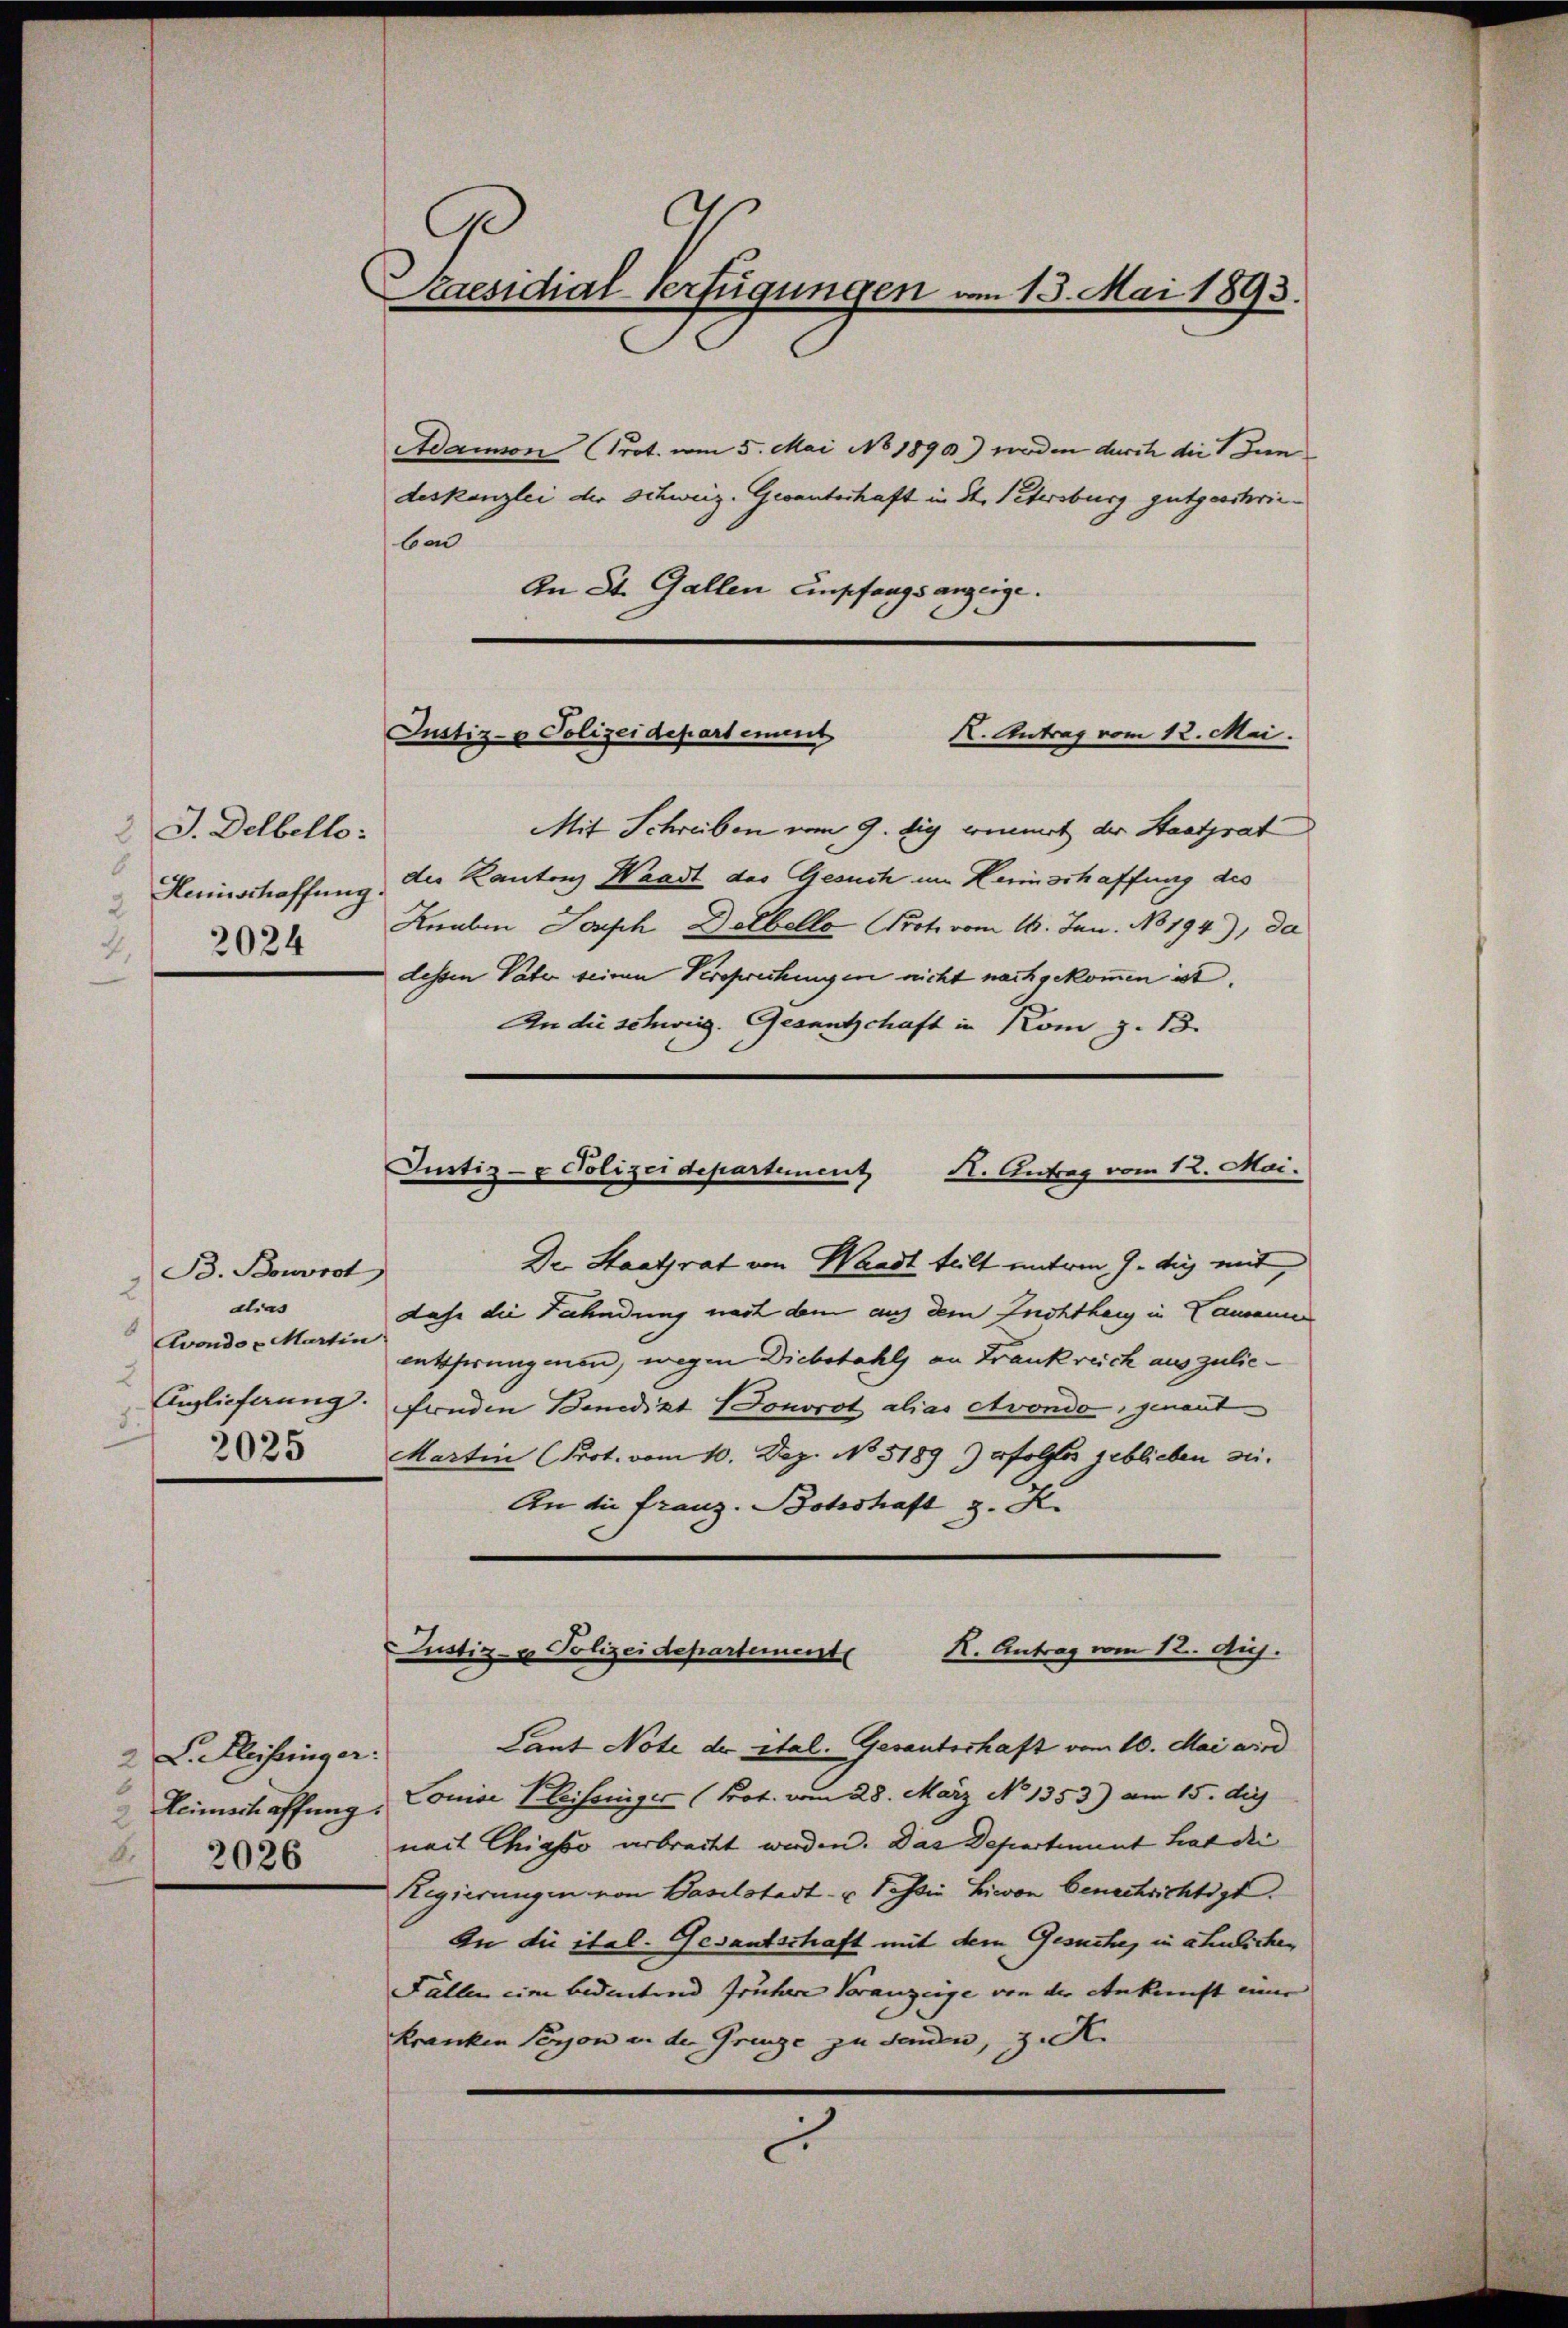
2 J. Delbello.
6
Heinschaffung.
2
2024
4,

2 L. Fleistinger
6
Heimschaffung
2
E
2026

Kaesidial-Verfügungen am 13. Mai 1893.

B. Bowrot
2
alias
.
Avondo u Martin
2
Anglieferung.
d
2025

Adamon (Prot. vom 5. Mai No 1890.) werden durch die Bun
deskanzlei der Schweiz. Gesanterhaft in St. Petersburg gutgeschrieben
An St. Gallen Empfangsanzeige.

Justiz- & Polizeidepartement
K. Antrag vom 12. Mai.

Mit Schreiben vom 9. die commet der Staatsrat
der Kantons Waadt das Gesuch im Heimschaffung des
Knaben Joseph Dolbello Prot. vom 16. Jun. No 194), da
dessen Vater seinen Versprechungen nicht nachgekommen ist.
An die schweiz. Gesantschaft in Kom z. 13.
Dr. Staatsrat von Waadt teilt unterm 9. di mit
dehe die Fahndung nach dem auf dem Inchthaug in Camanner
entsprungenen, wegen Diebstahls an Frankreich auszuliefrnden Benedikt (Sonvrot alias Avondo, genant
Martin (Prot. vom 10. Dez. No 5189) folges geblieben sei¬
An die franz. Botschaft z. K.
K. Antrag vom 12. Aug.
Justiz- u Polizeidepartement
Lant Note der ital. Gesantschaft vom 10. Mai wird
Louise Klaisonigić (Prot. vom 28. März No 1353.) am 15. di
1
nait Chiasso erbracht werden. Das Departement hat die
Regierungen von Baselstadt- u Passin Livon Genachrichtigt.
In die ital. Gesantschaft mit dem Gesuche, in ähnlichen
Faller eine bedeutend frühere Veranzeige von der Ankunft einer
Kranken Person in der Grenze zu senden, z. K.

Justiz- & Polizeidepartement
K. Antrag vom 12. Mai.